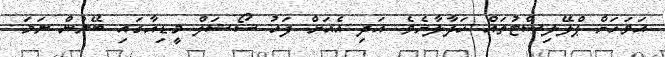
އަވަހަށް ޕްލޭލިސްޓުތައް ހަދާލާށެވެ. އަދި އެއަށް ފަހު ސޯޝަލް މީޑިއާގައި ބޭނުން ނަމަ